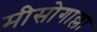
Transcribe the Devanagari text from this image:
मीसोगाल्लो